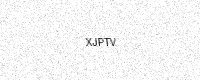
Text: XJPTV